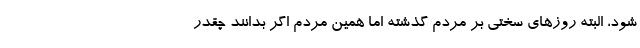
شود، البته روزهای سختی بر مردم گذشته اما همین مردم اگر بدانند چقدر